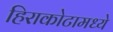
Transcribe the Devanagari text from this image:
हिराकोटामध्ये